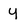
Character: y